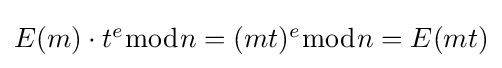
{\textstyle E(m)\cdot t^{e}{\bmod {n}}=(mt)^{e}{\bmod {n}}=E(mt)}